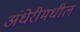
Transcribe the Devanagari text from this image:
अंधेरीमधील